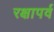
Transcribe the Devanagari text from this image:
रक्षापर्व